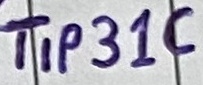
Text: TIP31C